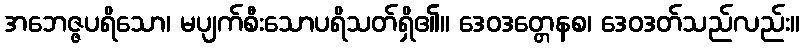
အဘေဇ္ဇပရိသော၊ မပျက်စီးသောပရိသတ်ရှိ၏။ ဒေဝဒတ္တေနစ၊ ဒေဝဒတ်သည်လည်း။